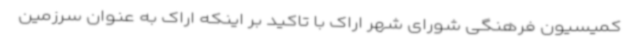
کمیسیون فرهنگی شورای شهر اراک با تاکید بر اینکه اراک به عنوان سرزمین